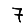
Digit: 7